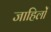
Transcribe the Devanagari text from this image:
जाहिलों